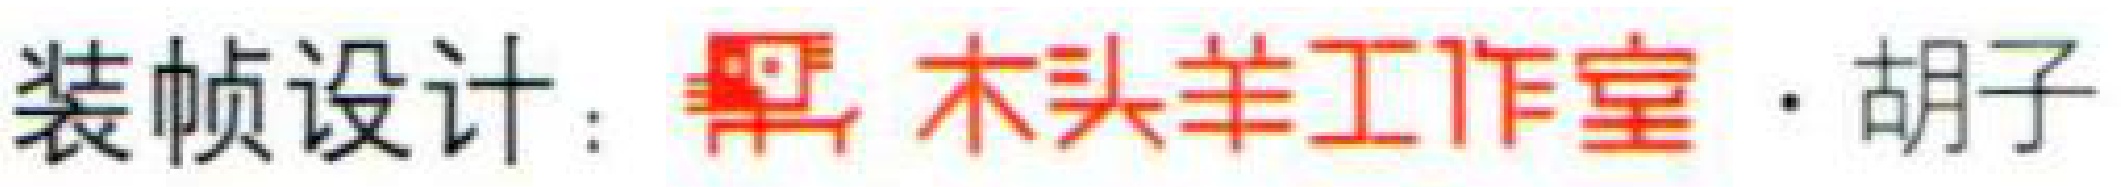
装帧设计： 黑 木头羊工作室·胡子